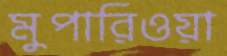
মুপারিওয়া